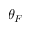
\theta _ { F }